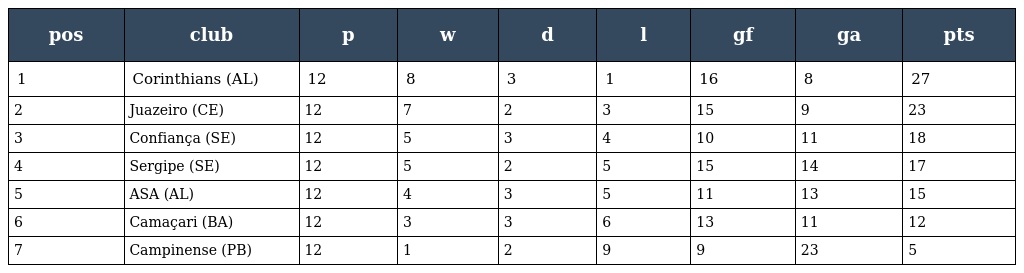
| pos | club | p | w | d | l | gf | ga | pts |
 | --- | --- | --- | --- | --- | --- | --- | --- | --- |
 | 1 | Corinthians (AL) | 12 | 8 | 3 | 1 | 16 | 8 | 27 |
 | 2 | Juazeiro (CE) | 12 | 7 | 2 | 3 | 15 | 9 | 23 |
 | 3 | Confiança (SE) | 12 | 5 | 3 | 4 | 10 | 11 | 18 |
 | 4 | Sergipe (SE) | 12 | 5 | 2 | 5 | 15 | 14 | 17 |
 | 5 | ASA (AL) | 12 | 4 | 3 | 5 | 11 | 13 | 15 |
 | 6 | Camaçari (BA) | 12 | 3 | 3 | 6 | 13 | 11 | 12 |
 | 7 | Campinense (PB) | 12 | 1 | 2 | 9 | 9 | 23 | 5 |